NAE_EAA_T-354_Tartu_Tamme_Gumnaasium, lk 88
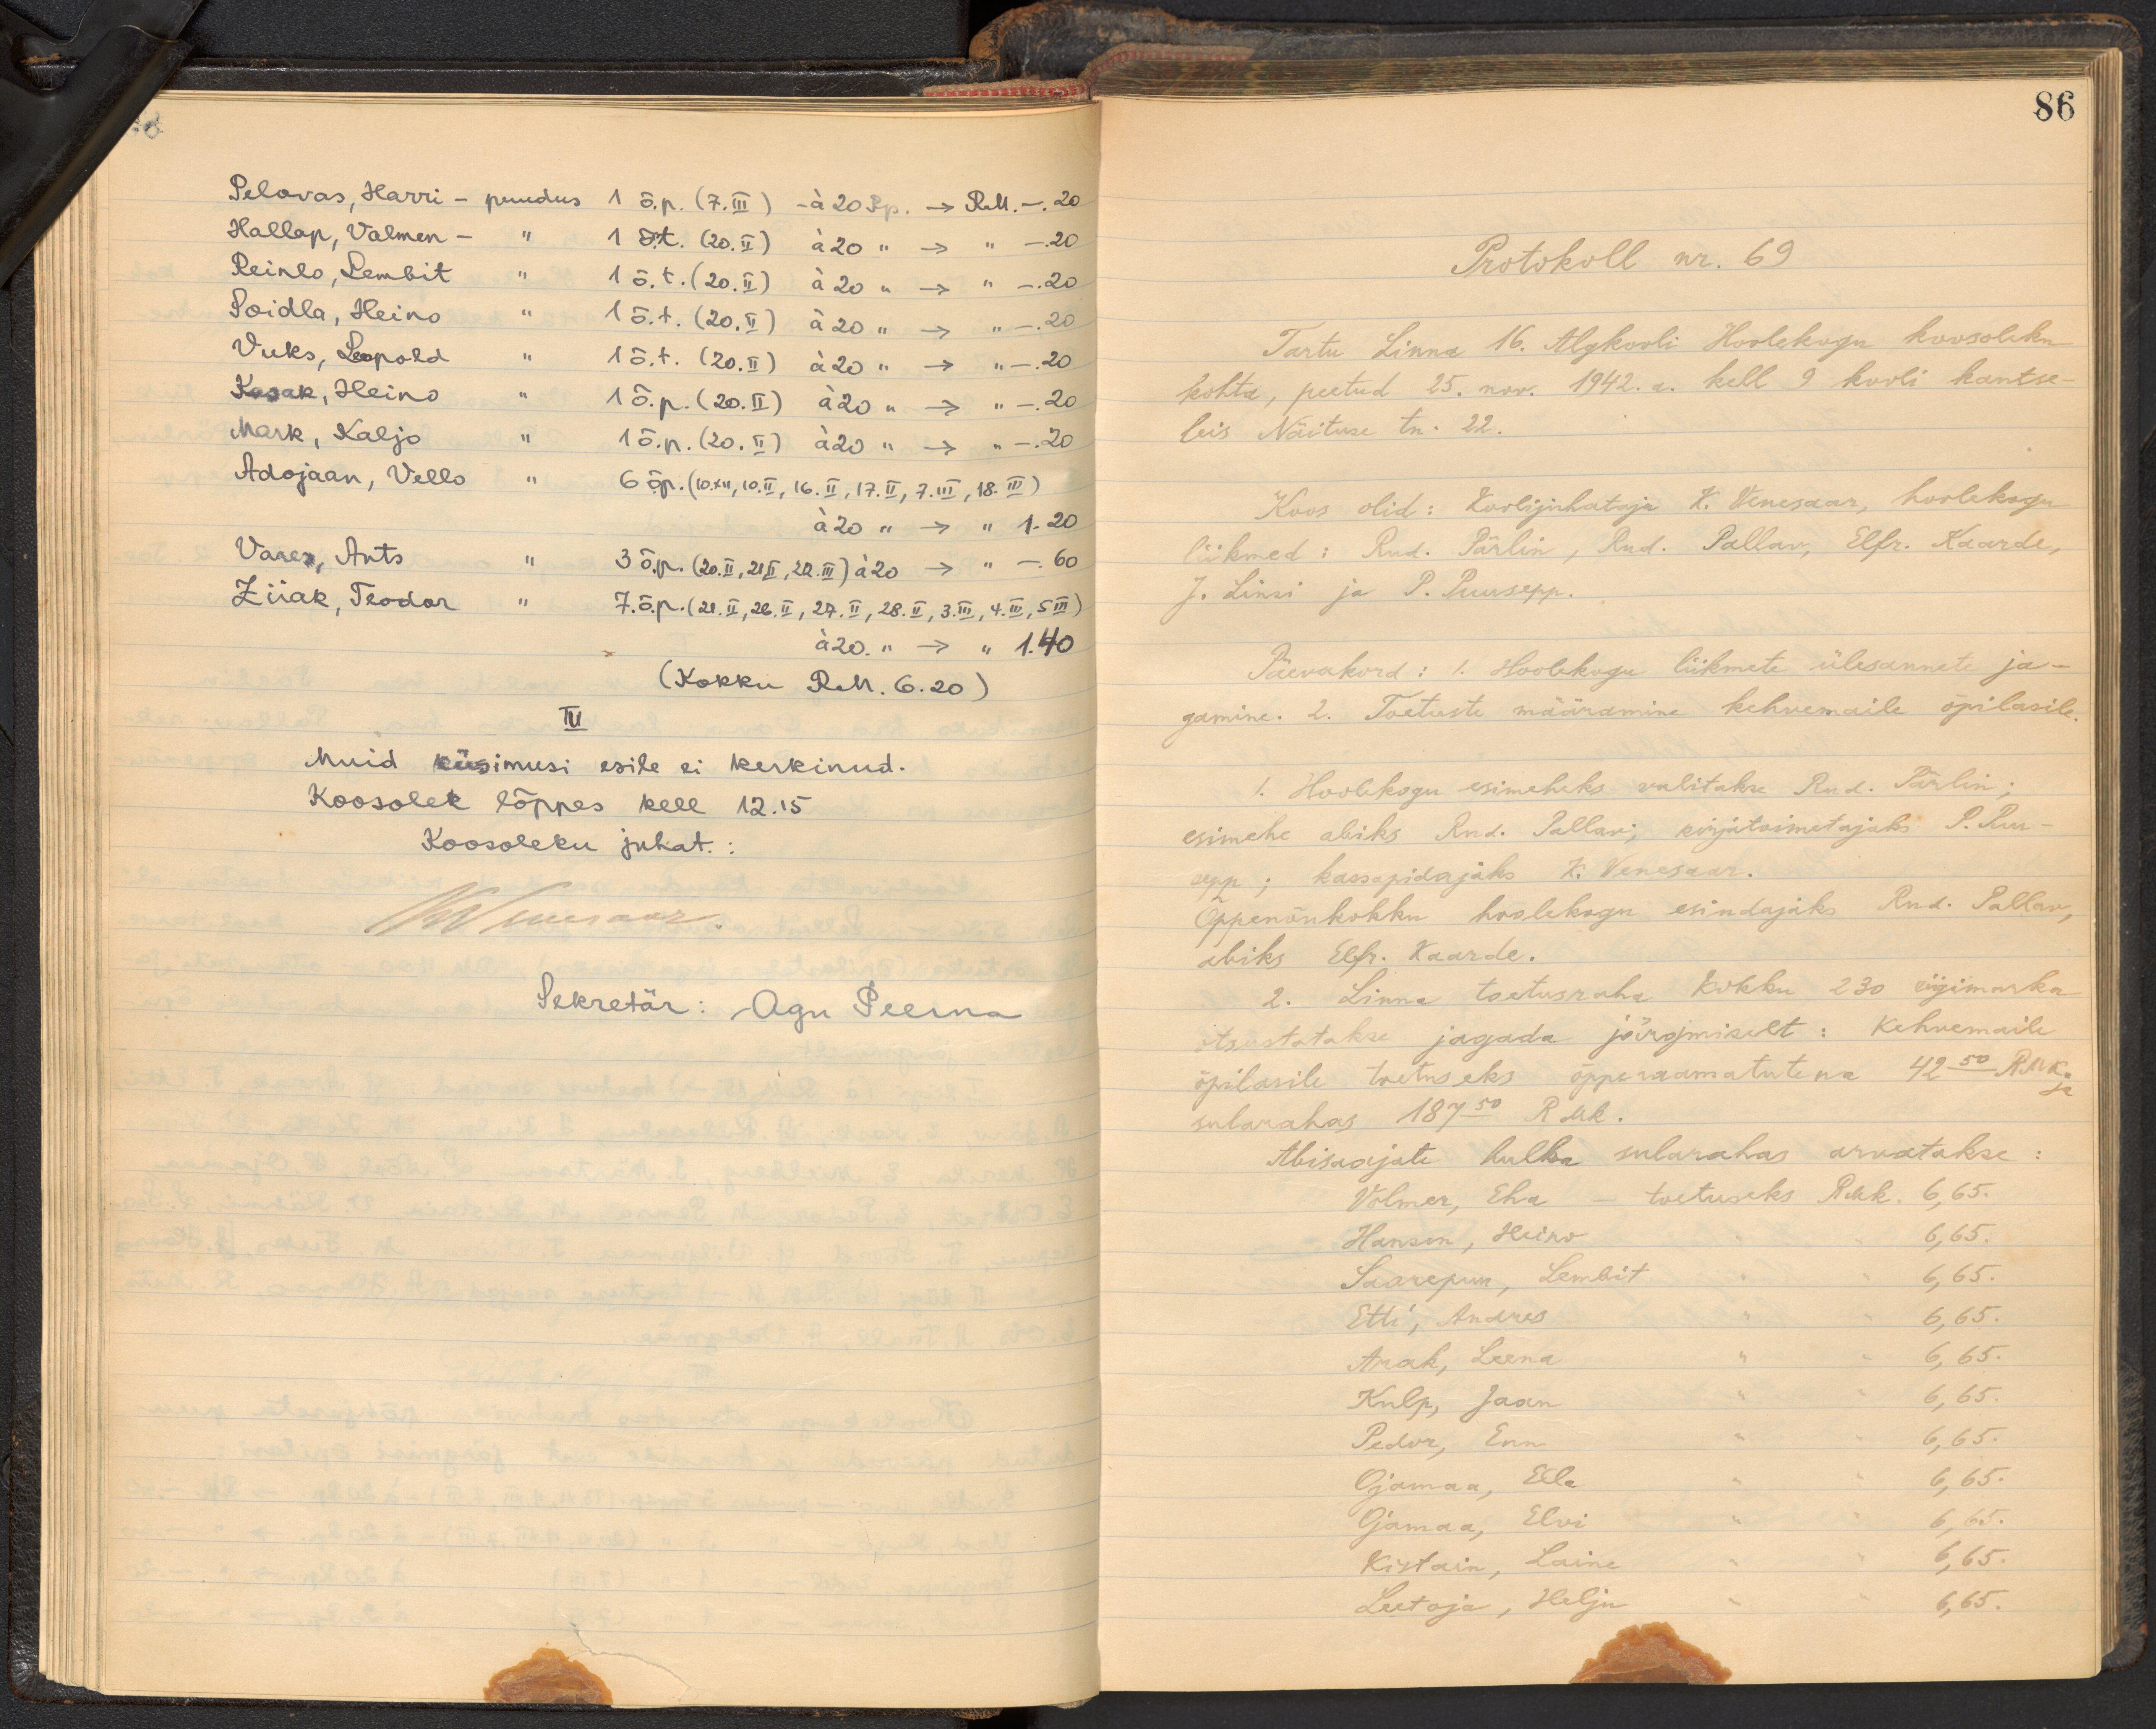
8
Pelovas, Harri - puudus 1 õ.p. (7.III) -á 20 Rp. –> RM. - .20
Hallap, Valmen - " 1 õ.t. 120.II) á20 " –> -.20
Reinlo, Lembit " 1 õ.t. (20.ü) á 20 "  –> -.20
Soidla, Heino " 1 õ.t. (20.V) á 20 "  –> -.20
Vuks, Leopold " 1 õ.t. (20.II) á 20 "  –> " -.20
Kasak, Heino " 1 õ.p. (20.II) á 20 "  –> " -.20
Mark, Kaljo " 1 õ.p. (20.II) á 20 "  –> -.20
Adojaan, Vello " 6 õp. (10.XII, 10.II, 16. II, 17.II, 7.III, 18.III)
a 20 "  –> " 1.20
Vares, Ants " 3 õ.p. (20.II. 215, 22.III) á 20  –> " -.60
Ziiak, Teodor " 7 .õ.p. (21.II, 26.II, 27.II, 28.II. 3.III, 4.III, 5.III)
á 20 "  –> " 1.40
(Kokku RM. 6.20)
III
Muid küsimusi esile ei kerkinud.
Koosolek lõppes kell 12.15
Koosoleku juhat.
WO suur aar.
Sekretär: Agu Peerna

86
Protokoll nr. 69
Tartu Linna 16. Algkooli Hoolekogu koosoleku
kohta, peetud 25. nov. 1942. a. kell 9 kooli kantse-
leis Näituse tn. 22.
Koos olid: Koolijuhataja K. Venesaar, hoolekogu
liikmed: Rud. Pärlin, Rud. Pallav, Elfr. Kaarde,
J. Linsi ja P. Puusepp.
Päevakord: I. Hoolekogu liikmete ülesannete ja-
gamine. 2. Toetuste määramine kehvemaile õpilasile.
1. Hoolekogu esimeheks valitakse Rud. Pärlin;
esimehe abiks Rud. Pallav; kirjatoimetajaks P. Puu-
sepp; kassapidajaks K. Venesaar.
Õppenõukokku hoolekogu esindajaks And. Pallav,
abiks Elfr. Kaarde.
2. Linna toetusraha kokku 230 riigimarka
otsustatakse jagada järgmiselt: Kehvemaile
õpilasile toetuseks õpperaamatutena 42.50 RMk ja
sularahas 187.50 RMk.
Abisaajate hulka sularahas arwatakse:
Volmer, Eha - toetuseks RMk. 6,65.
Hanson, Heino " " 6,65.
Saarepuu, Lembit " " 6,65.
Etti, Andres " " 6,65.
Arak, Leena " " 6,65.
Kulp, Jaan " "  6,65.
Pedor, Enn " " 6,65.
Ojamaa, Elle " " 6,65 "
Ojamaa, Elvi " " 6,65 "
Kistain, Laine " " 6,65.
Leetoja, Helju " " 6,65."